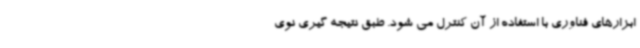
ابزارهای فناوری با استفاده از آن کنترل می شود. طبق نتیجه گیری نوی